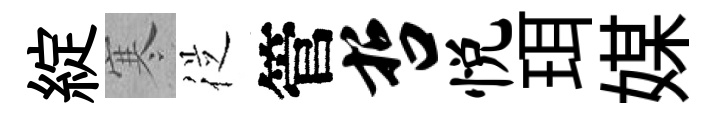
綻寒従管哲悦珥媒